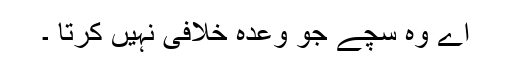
اے وہ سچے جو وعدہ خلافی نہیں کرتا ۔